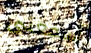
أسمعنى